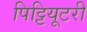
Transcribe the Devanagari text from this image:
पिट्टियूटरी